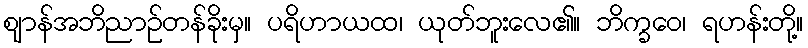
ဈာန်အဘိညာဉ်တန်ခိုးမှ။ ပရိဟာယထ၊ ယုတ်ဘူးလေ၏။ ဘိက္ခဝေ၊ ရဟန်းတို့။